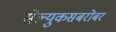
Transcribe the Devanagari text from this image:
सेल्युकसबरोबर